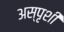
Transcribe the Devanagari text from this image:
अस्पृशी